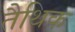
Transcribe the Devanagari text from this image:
तैथिक